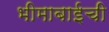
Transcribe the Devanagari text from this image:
भीमाबाईची